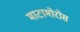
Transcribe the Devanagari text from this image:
माटामोरोस